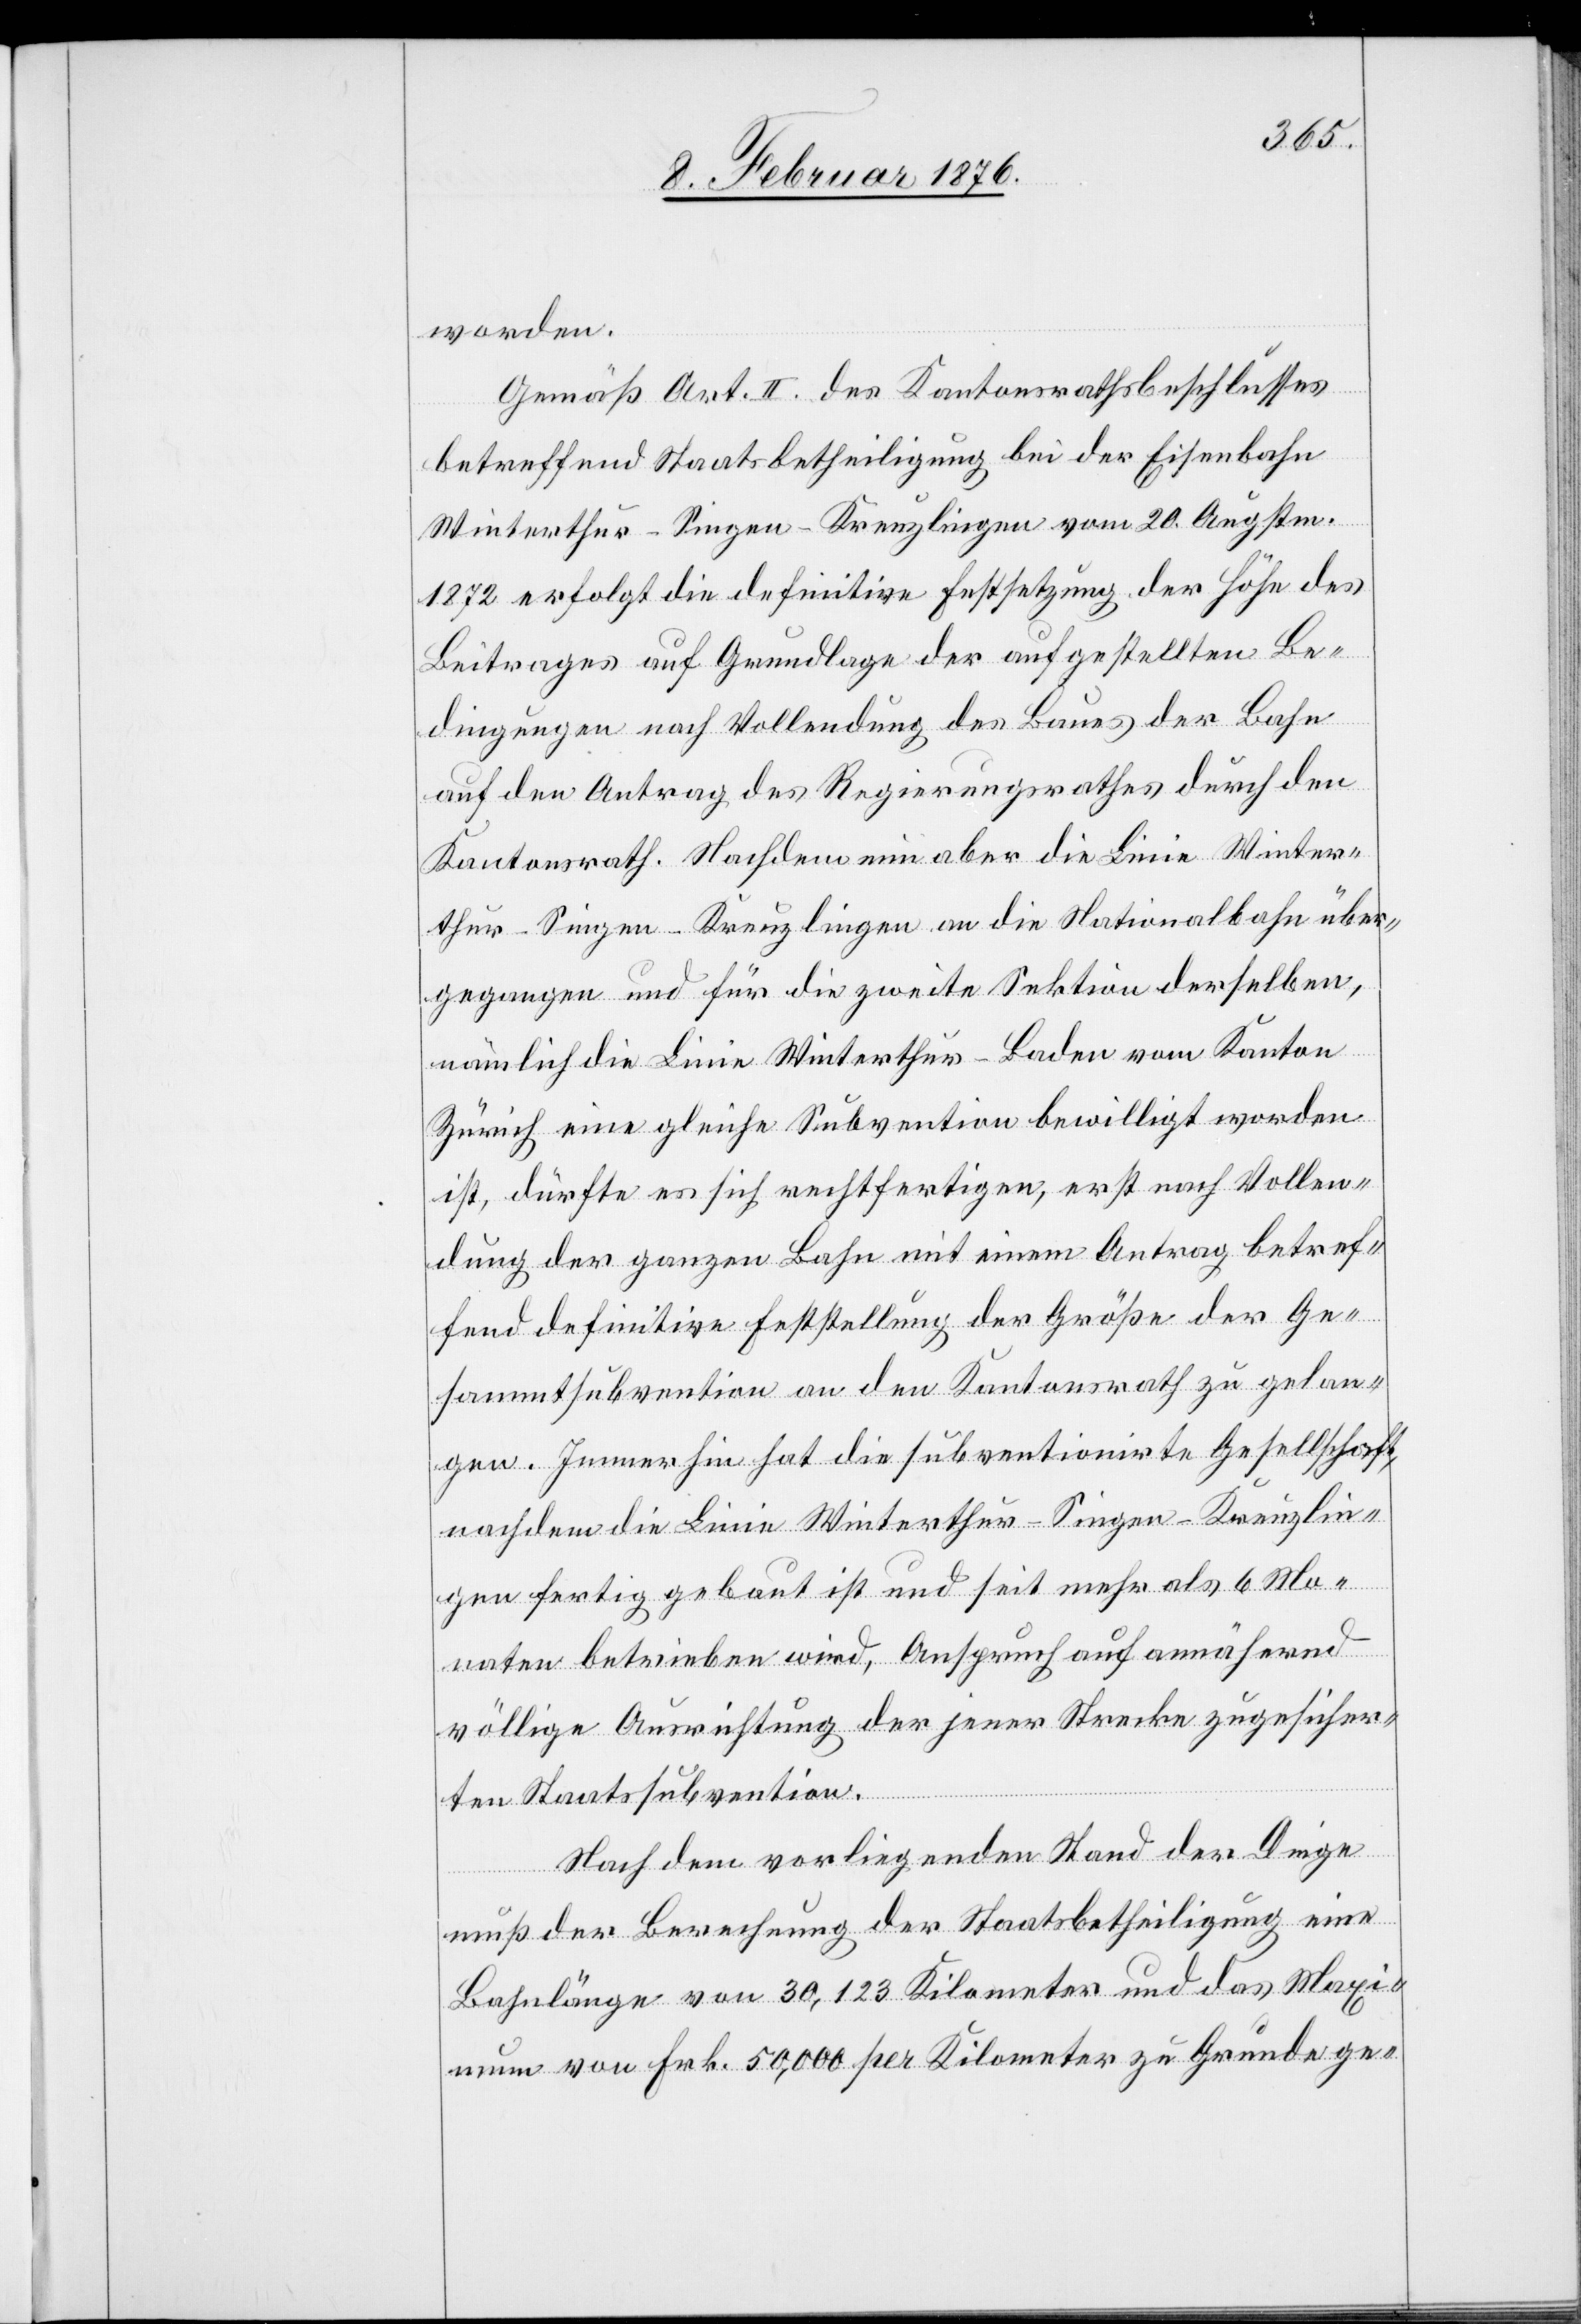
worden.
Gemäß Art. II. des Kantonsrathsbeschlusses
betreffend Staatsbetheiligung bei der Eisenbahn
Winterthur–Singen–Kreuzlingen vom 20. Augstm.
1872 erfolgt die definitive Festsetzung der Höhe des
Beitrages auf Grundlage der aufgestellten Be¬
dingung nach Vollendung des Baues der Bahn
auf den Antrag des Regierungsrathes durch den
Kantonsrath. Nachdem nun aber die Linie Winter¬
thur–Singen–Kreuzlingen an die Nationalbahn über¬
gegangen und für die zweite Sektion derselben,
nämlich die Linie Winterthur–Baden vom Kanton
Zürich eine gleiche Subvention bewilligt worden
ist, dürfte es sich rechtfertigen, erst nach Vollen¬
dung der ganzen Bahn mit einem Antrag betref¬
fend definitive Feststellung der Größe der Ge¬
sammtsubvention an den Kantonsrath zu gelan¬
gen. Immerhin hat die subventionirte Gesellschaft,
nachdem die Linie Winterthur–Singen–Kreuzlin¬
gen fertig gebaut ist und seit mehr als 6 Mo¬
naten betrieben wird, Anspruch auf annähernd
völlige Ausrichtung der jener Strecke zugesicher¬
ten Staatssubvention.
Nach dem vorliegenden Stand der Dinge
muß der Berechnung der Staatsbetheiligung eine
Bahnlänge von 30,123 Kilometer und das Maxi¬
mum von Frk. 50,000 per Kilometer zu Grunde ge-